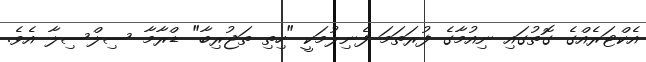
އެކްޓަރެއްގެ ގޮތުގައި ނިއުމާގެ ފުރަތަމަ ފެނިލުމަކީ "ހިތި ތަޖުރިބާ" ޑްރާމާ ސިލްސިލާ އެވެ.